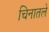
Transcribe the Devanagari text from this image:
चिनातले